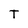
Character: T